Annual administration and progress report of the Indian Medical Department, Bombay
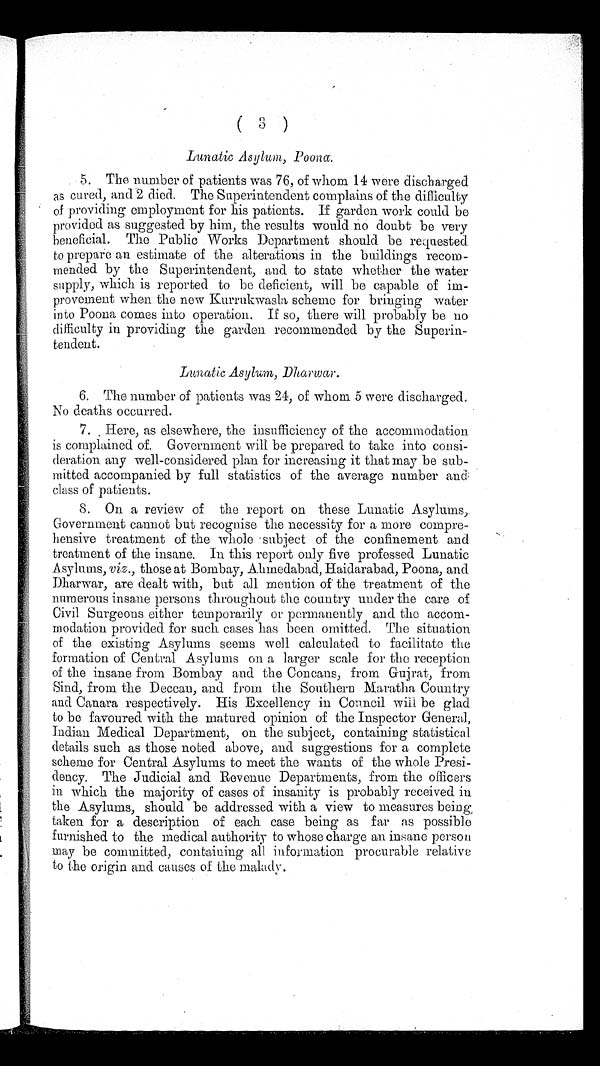
(
3 )
Lunatic Asylum, Poona.
5. The number of patients was 76, of whom 14 were discharged
as cured, and 2 died. The Superintendent complains of the difficulty
of providing employment for his patients. If garden work could be
provided as suggested by him, the results would no doubt be very
beneficial. The Public Works Department should be requested
to prepare an estimate of the alterations in the buildings recom-
mended by the Superintendent, and to state whether the water
supply, which is reported to be deficient, will be capable of im-
provement when the new Kurrukwasla scheme for bringing water
into Poona comes into operation. If so, there will probably be no
difficulty in providing the garden recommended by the Superin-
tendent.
Lunatic Asylum, Dharwar.
6. The number of patients was 24, of whom 5 were discharged.
No deaths occurred.
7. Here, as elsewhere, the insufficiency of the accommodation
is complained of. Government will be prepared to take into consi-
deration any well-considered plan for increasing it that may be sub-
mitted accompanied by full statistics of the average number and
class of patients.
8. On a review of the report on these Lunatic Asylums,
Government cannot but recognise the necessity for a more compre-
hensive treatment of the whole subiect of the confinement and
treatment of the insane. In this report only five professed Lunatic
Asylums, viz., those at Bombay, Ahmedabad, Haidarabad, Poona, and
Dharwar, are dealt with, but all mention of the treatment of the
numerous insane persons throughout the country under the care of
Civil Surgeons either temporarily or permanently and the accom-
modation provided for such cases has been omitted. The situation
of the existing Asylums seems well calculated to facilitate the
formation of Central Asylums on a larger scale for the reception.
of the insane from Bombay and the Concans, from Gujrat, from
Sind, from the Deccan, and from the Southern Maratha Country
and Canara respectively. His Excellency in Council will be glad
to be favoured with the matured opinion of the Inspector General,
Indian Medical Department, on the subject, containing statistical
details such as those noted above, and suggestions for a complete
scheme for Central Asylums to meet the wants of the whole Presi-
dency. The Judicial and Revenue Departments, from the officers
in which the majority of cases of insanity is probably received in
the Asylums, should be addressed with a view to measures being,
taken for a description of each case being as far as possible
furnished to the medical authority to whose charge an insane person
may be committed, containing all information procurable relative
to the origin and causes of the malady.